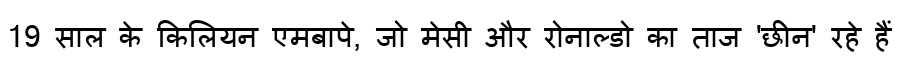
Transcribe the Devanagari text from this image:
19 साल के किलियन एमबापे, जो मेसी और रोनाल्डो का ताज 'छीन' रहे हैं